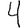
Digit: 4